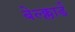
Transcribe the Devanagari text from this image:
बेल्क्लार्ड